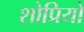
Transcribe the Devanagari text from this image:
शोप्रियो